Punjab Mental Hospital Lahore 1932-46 - 1932-1946
Year: 1932
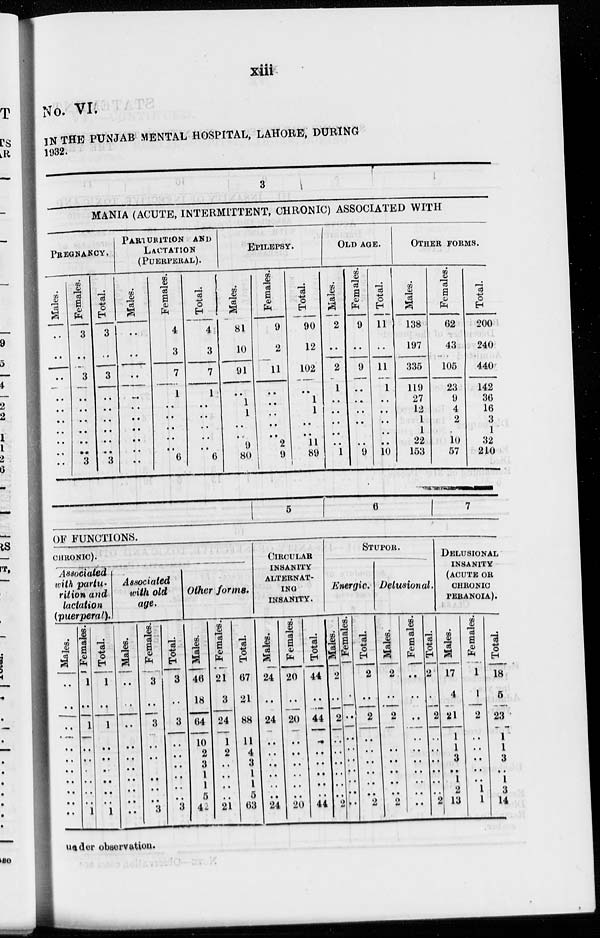
xiii
No. VI.
IN THE PUNJAB MENTAL HOSPITAL, LAHORE, DURING
1932.
3
MANIA (ACUTE, INTERMITTENT, CHRONIC) ASSOCIATED WITH
PREGNANCY.
Males.
..
..
..
..
..
..
..
..
..
..
Females.
3
..
3
..
..
..
..
..
..
3
Total.
3
..
3
..
..
..
..
..
..
3
PARTURITION AND
LACTATION
(PUERPERAL).
Males.
..
..
..
..
..
..
..
..
..
..
Females.
4
3
7
1
..
..
..
..
..
6
Total.
4
3
7
1
..
..
..
..
..
6
EPILEPSY.
Males.
81
10
91
..
1
1
..
..
9
80
Females.
9
2
11
..
..
..
..
..
2
9
Total.
90
12
102
..
1
1
..
..
11
89
OLD AGE.
Males.
2
..
2
1
..
..
..
..
..
1
Females.
9
..
9
..
..
..
..
..
9
Total.
11
..
11
1
..
..
..
..
..
10
OTHER FORMS.
Males.
138
197
335
119
27
12
1
1
22
153
Females.
62
43
105
23
9
4
2
..
10
57
Total.
200
240
440
142
36
16
3
1
32
210
5
6
7
OF FUNCTIONS.
CHRONIC).
Associated
with partu-
rition and
lactation
(puerperal).
Males.
..
..
..
..
..
..
..
..
..
..
Females.
1
..
1
..
..
..
..
..
..
1
Total.
1
..
1
..
..
..
..
..
..
1
Associated
with old
age.
Males.
..
..
..
..
..
..
..
..
..
..
Females.
3
..
3
..
..
..
..
..
..
3
Total.
3
..
3
..
..
..
..
..
..
3
Other forms.
Males.
46
18
64
10
2
3
1
1
5
42
Females.
21
3
24
1
2
..
..
..
..
21
Total.
67
21
88
11
4
3
1
1
5
63
CIRCULAR
INSANITY
ALTERNAT-
ING
INSANITY.
Males.
24
..
24
..
..
..
..
..
..
24
Females.
20
..
20
..
..
..
..
..
..
20
Total.
44
..
44
..
..
..
..
..
..
44
STUPOR.
Energic.
Males.
2
..
2
..
..
..
..
..
..
2
Females.
..
..
..
..
..
..
..
..
..
..
Total.
2
..
2
..
..
..
..
..
..
2
Delusional.
Males.
2
..
2
..
..
..
..
..
..
2
Females.
..
..
..
..
..
..
..
..
..
..
Total.
2
..
2
..
..
..
..
..
..
2
DELUSIONAL
INSANITY
(ACUTE OR
CHRONIC
PERANOIA).
Males.
17
4
21
1
1
3
..
1
2
13
Females.
1
1
2
..
..
..
..
..
1
1
Total.
18
5
23
1
1
3
..
1
3
14
under observation.